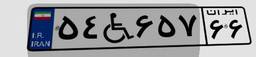
۵۴W۶۵۷۶۶